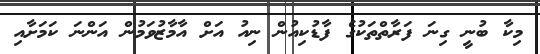
މިކާ ބުނީ ގިނަ ފަރާތްތަކުގެ ފާޑުކިއުން ނިއު އަށް އާމާޒުވަމުން އަންނަ ކަމަށާއި